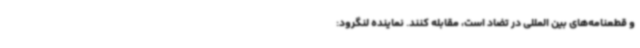
و قطعنامه‌های بین المللی در تضاد است، مقابله کنند. نماینده لنگرود: